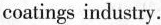
coatings industry.